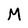
Character: M